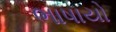
ભાષાયો